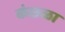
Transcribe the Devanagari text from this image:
कंछळा